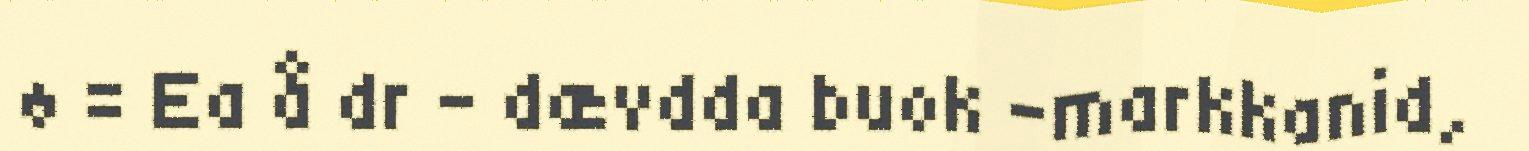
ø = Ea å dr - dævdda buok -markkanid,